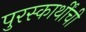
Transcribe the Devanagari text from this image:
पुरस्कार्थींची